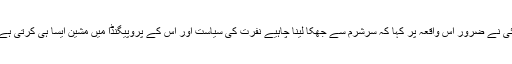
ہاں راجدیپ سردیسائی نے ضرور اس واقعہ پر کہا کہ سرشرم سے جھکا لینا چاہیے نفرت کی سیاست اور اس کے پروپیگنڈا میں مشین ایسا ہی کرتی ہے ہم سب شرمندہ ہیں۔